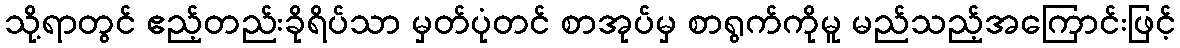
သို့ရာတွင် ဧည့်တည်းခိုရိပ်သာ မှတ်ပုံတင် စာအုပ်မှ စာရွက်ကိုမူ မည်သည့်အကြောင်းဖြင့်